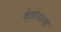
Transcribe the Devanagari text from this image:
क्षेत्रांतल्या